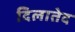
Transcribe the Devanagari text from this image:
दिलातेद